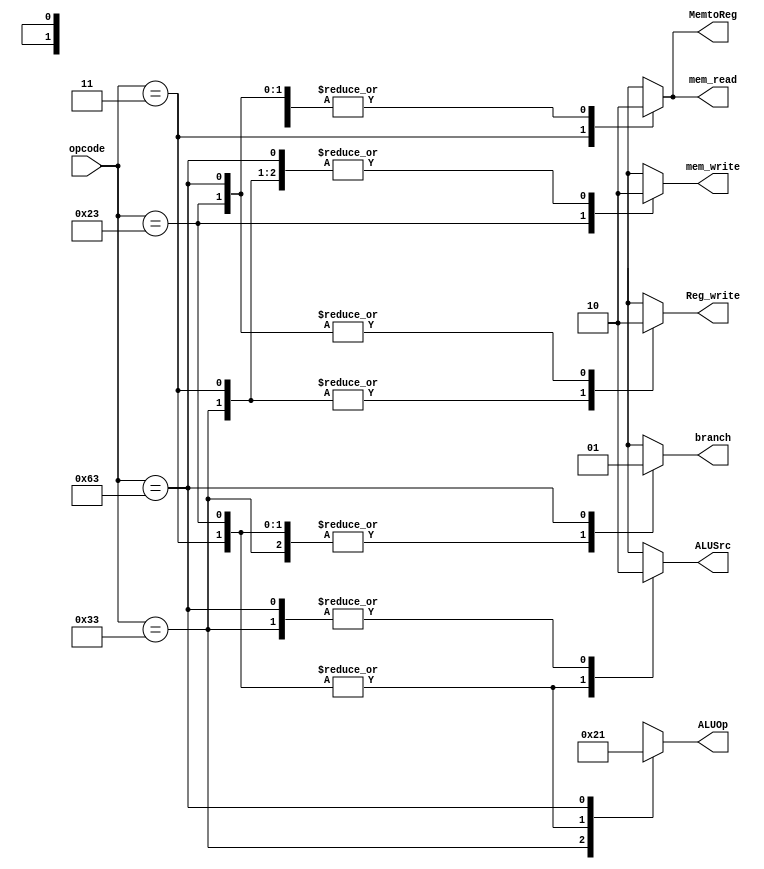

module control_unit(opcode, ALUSrc, MemtoReg, Reg_write, mem_read, mem_write, branch, ALUOp);

  input [6:0] opcode;
  output reg ALUSrc;
  output reg MemtoReg;
  output reg Reg_write;
  output reg mem_read;
  output reg mem_write;
  output reg branch;
  output reg[1:0] ALUOp;
  //reg f0;reg f1;reg f2;
  
  always @(opcode)
  begin

      casex(opcode)
        //R-type instruction
        7'b0110011: begin
        ALUSrc=1'b0;
        MemtoReg=1'b0;
        Reg_write=1'b1;
        mem_read=1'b0;
        mem_write=1'b0;
        branch=1'b0;
        ALUOp=2'b10;
        end

        //load instruction
        7'b0000011: begin
        ALUSrc=1'b1;
        MemtoReg=1'b1;
        Reg_write=1'b1;
        mem_read=1'b1;
        mem_write=1'b0;
        branch=1'b0;
        ALUOp=2'b00;
        end
        
        //store double
        7'b0100011: begin
        ALUSrc=1'b1;
        MemtoReg=1'b0;
        Reg_write=1'b0;
        mem_read=1'b0;
        mem_write=1'b1;
        branch=1'b0;
        ALUOp=2'b00;
        end
        
        //beq instr
        7'b1100011: begin
        ALUSrc=1'b0;
        MemtoReg=1'b0;
        Reg_write=1'b0;
        mem_read=1'b0;
        mem_write=1'b0;
        branch=1'b1;
        ALUOp=2'b01;
        end

        default:begin
        $display("\nWrong input hence values will be dont cares");
        ALUSrc=1'bx;
        MemtoReg=1'bx;
        Reg_write=1'bx;
        mem_read=1'bx;
        mem_write=1'bx;
        branch=1'bx;
        ALUOp=2'bxx;
        end
    endcase

  end

endmodule